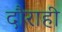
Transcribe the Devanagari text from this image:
दौराही